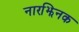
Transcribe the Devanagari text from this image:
नारझिनक